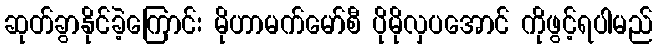
ဆုတ်ခွာနိုင်ခဲ့ကြောင်း မိုဟာမက်မော်စီ ပိုမိုလှပအောင် ကိုဖွင့်ရပါမည်